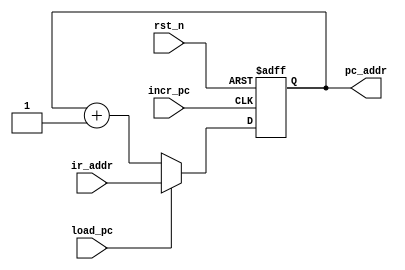
/*
 * Provides the address of instuction for reading it.
 * Every instruction is of 2-bytes which needs two cycles.
 */
module pc(
    input               rst_n,
    input               incr_pc,
    input               load_pc,
    input       [12:0]  ir_addr,    // 8K Bytes
    output reg  [12:0]  pc_addr     // 8K Bytes
);

    always @(posedge incr_pc or negedge rst_n) begin
        if (!rst_n)
            pc_addr <= 13'b0;
        else if (load_pc)
            pc_addr <= ir_addr;
        else
            pc_addr <= pc_addr + 1'b1;
    end

endmodule